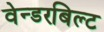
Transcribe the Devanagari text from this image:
वेन्डरबिल्ट